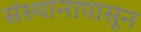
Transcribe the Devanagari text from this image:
संस्थानापासून